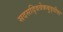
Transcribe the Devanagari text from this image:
सदसद्विवेकबुद्धीवर